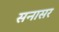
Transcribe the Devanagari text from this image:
सनासर